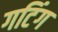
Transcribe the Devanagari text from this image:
गटिंग